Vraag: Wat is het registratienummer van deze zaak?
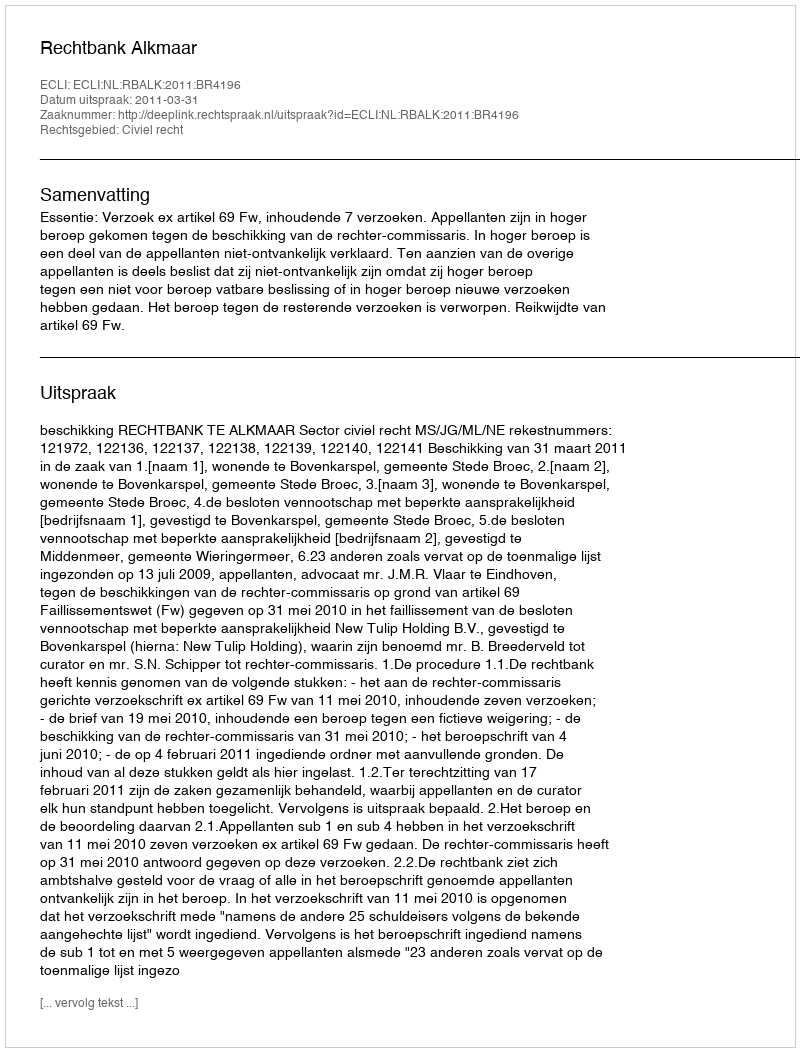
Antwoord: http://deeplink.rechtspraak.nl/uitspraak?id=ECLI:NL:RBALK:2011:BR4196